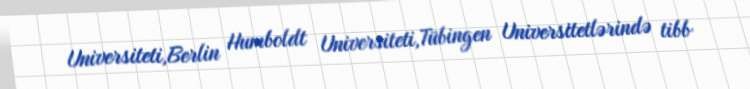
Universiteti,Berlin Humboldt Universiteti,Tübingen Universitetlərində tibb